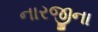
નારજીના